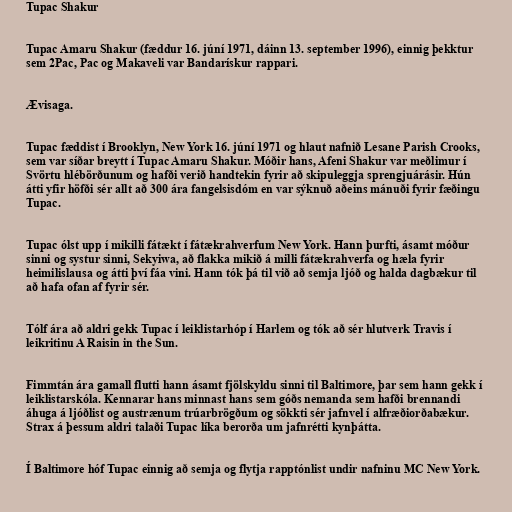
Tupac Shakur

Tupac Amaru Shakur (fæddur 16. júní 1971, dáinn 13. september 1996), einnig þekktur
sem 2Pac, Pac og Makaveli var Bandarískur rappari.

Ævisaga.

Tupac fæddist í Brooklyn, New York 16. júní 1971 og hlaut nafnið Lesane Parish Crooks,
sem var síðar breytt í Tupac Amaru Shakur. Móðir hans, Afeni Shakur var meðlimur í
Svörtu hlébörðunum og hafði verið handtekin fyrir að skipuleggja sprengjuárásir. Hún
átti yfir höfði sér allt að 300 ára fangelsisdóm en var sýknuð aðeins mánuði fyrir fæðingu
Tupac.

Tupac ólst upp í mikilli fátækt í fátækrahverfum New York. Hann þurfti, ásamt móður
sinni og systur sinni, Sekyiwa, að flakka mikið á milli fátækrahverfa og hæla fyrir
heimilislausa og átti því fáa vini. Hann tók þá til við að semja ljóð og halda dagbækur til
að hafa ofan af fyrir sér.

Tólf ára að aldri gekk Tupac í leiklistarhóp í Harlem og tók að sér hlutverk Travis í
leikritinu A Raisin in the Sun.

Fimmtán ára gamall flutti hann ásamt fjölskyldu sinni til Baltimore, þar sem hann gekk í
leiklistarskóla. Kennarar hans minnast hans sem góðs nemanda sem hafði brennandi
áhuga á ljóðlist og austrænum trúarbrögðum og sökkti sér jafnvel í alfræðiorðabækur.
Strax á þessum aldri talaði Tupac líka berorða um jafnrétti kynþátta.

Í Baltimore hóf Tupac einnig að semja og flytja rapptónlist undir nafninu MC New York.